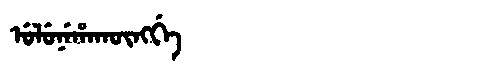
Manchu: ᡠᠯᡠᠨᡝᡥᠠᡴᡡᠩᡤᡝ
Romanization: ULUNEHAKŪNGGE